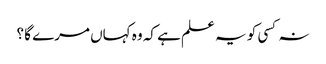
نہ کسی کو یہ علم ہے کہ وہ کہاں مرے گا ؟